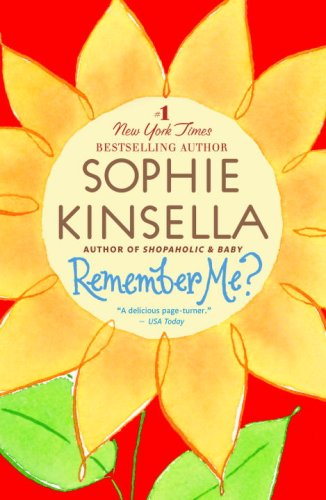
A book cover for Remember Me?; Sophie Kinsella; Literature & Fiction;